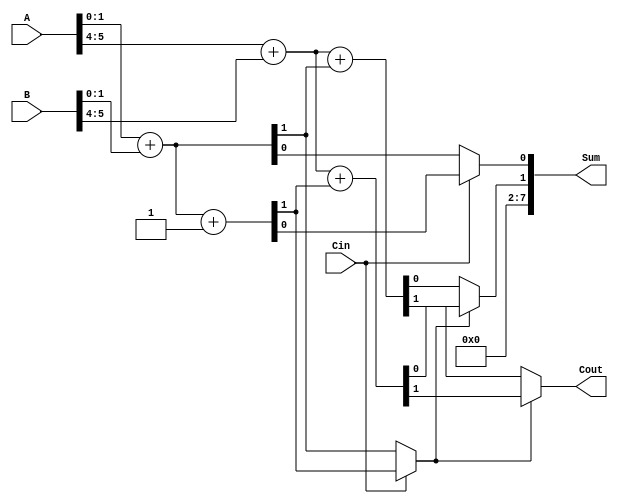
module CCSA (
    input [7:0] A,         // 8-bit input A
    input [7:0] B,         // 8-bit input B
    input Cin,             // Carry-in
    output [7:0] Sum,      // 8-bit Sum output
    output Cout            // Carry-out
);

    // Intermediate signals for segment 1 (LSB)
    wire [3:0] A0, B0;       // 4-bit segments
    wire S0_0, S0_1;         // Partial sums
    wire C0_0, C0_1;         // Partial carries
    wire S0, C0;             // Final sum and carry for segment 1

    // Intermediate signals for segment 2 (MSB)
    wire [3:0] A1, B1;       // 4-bit segments
    wire S1_0, S1_1;         // Partial sums
    wire C1_0, C1_1;         // Partial carries
    wire S1, C1;             // Final sum and carry for segment 2
    
    assign A0 = A[3:0];
    assign B0 = B[3:0];
    assign A1 = A[7:4];
    assign B1 = B[7:4];

    // Segment 1: Calculate partial sums and carries
    assign {C0_0, S0_0} = A0 + B0;               // C_in = 0
    assign {C0_1, S0_1} = A0 + B0 + 1'b1;       // C_in = 1
    
    assign S0 = Cin ? S0_1 : S0_0;               // MUX for sum
    assign C0 = Cin ? C0_1 : C0_0;               // MUX for carry

    // Segment 2: Calculate partial sums and carries
    assign {C1_0, S1_0} = A1 + B1 + C0_0;        // C_in = 0
    assign {C1_1, S1_1} = A1 + B1 + C0_1;        // C_in = 1
    
    assign S1 = C0 ? S1_1 : S1_0;                 // MUX for sum
    assign C1 = C0 ? C1_1 : C1_0;                 // MUX for carry

    // Final outputs
    assign Sum = {S1, S0};                         // Concatenate the sums
    assign Cout = C1;                             // Final carry out

endmodule